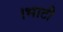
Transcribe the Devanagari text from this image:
।भाटी